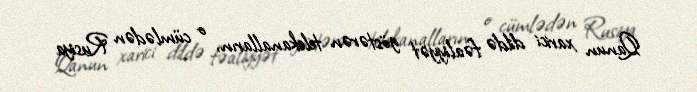
Qanun xarici dildə fəaliyyət göstərən telekanalların, o cümlədən Rusiya